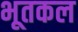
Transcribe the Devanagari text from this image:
भूतकल